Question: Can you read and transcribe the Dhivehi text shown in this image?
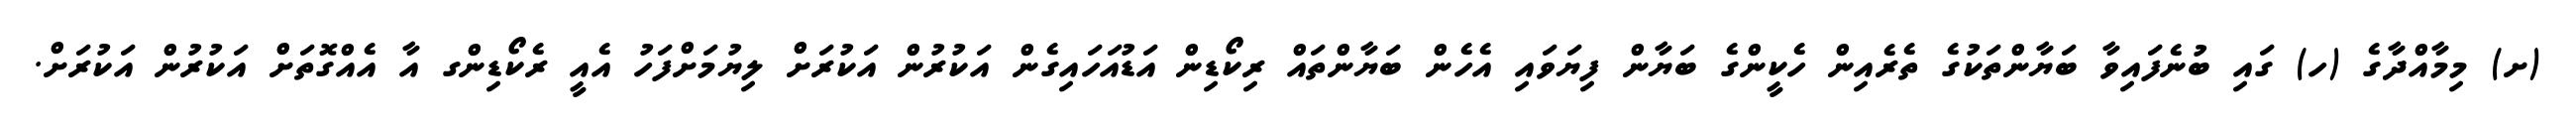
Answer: (ށ) މިމާއްދާގެ (ހ) ގައި ބުނެފައިވާ ބަޔާންތަކުގެ ތެރެއިން ހެކީންގެ ބަޔާން ފިޔަވައި އެހެން ބަޔާންތައް ރިކޯޑިން އަޑުއަހައިގެން އަކުރުން އަކުރަށް ލިޔުމަށްފަހު އެއީ ރެކޯޑިންގ އާ އެއްގޮތަށް އަކުރުން އަކުރަށް.